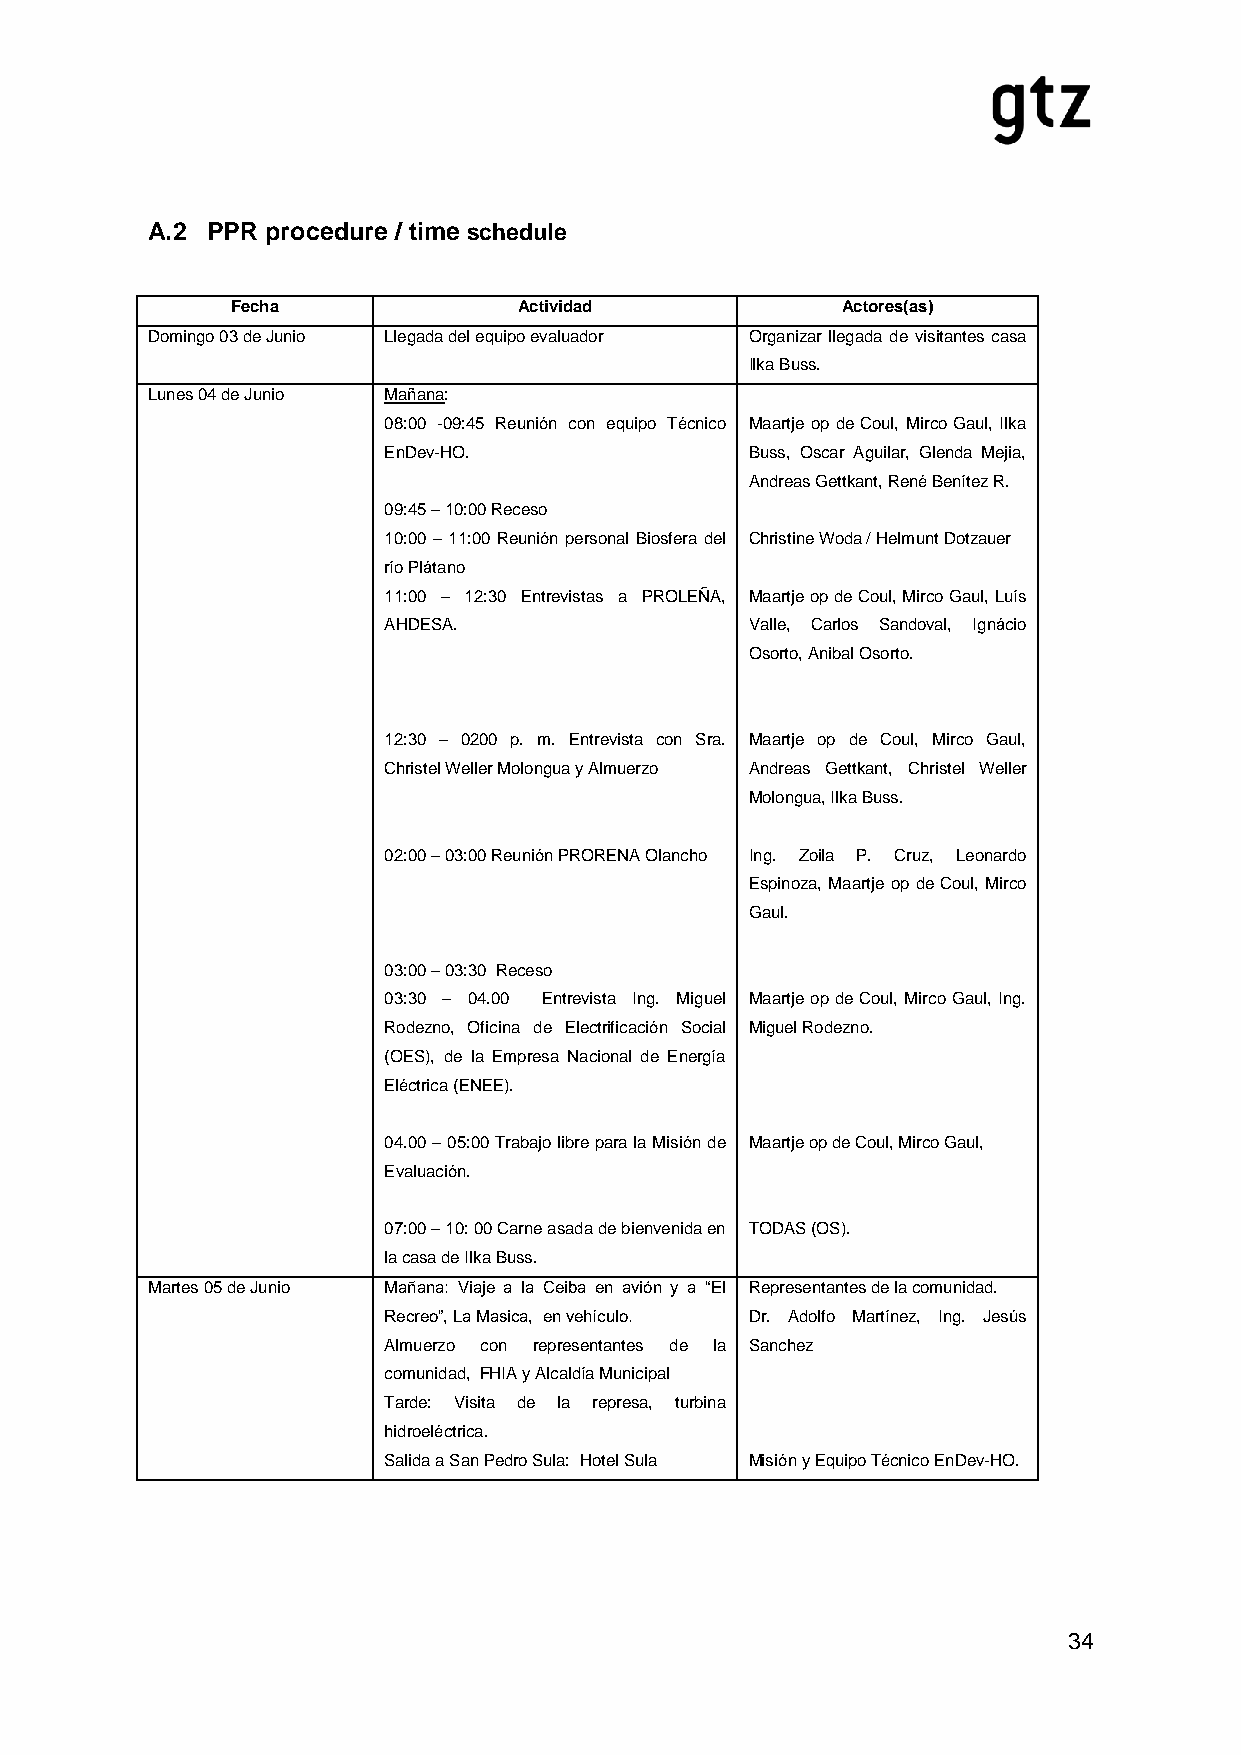
A.2 PPR procedure / time schedule
 Fecha              Actividad             Actores(as)
 Domingo 03 de Junio Llegada del equipo evaluador Organizar llegada de visitantes casa
 Ilka Buss.
 Lunes 04 de Junio Mañana:
 08:00 -09:45 Reunión con equipo Técnico Maartje op de Coul, Mirco Gaul, Ilka
 EnDev-HO.                Buss, Oscar Aguilar, Glenda Mejia,
 Andreas Gettkant, René Benítez R.
 09:45 – 10:00 Receso
 10:00 – 11:00 Reunión personal Biosfera del Christine Woda / Helmunt Dotzauer
 río Plátano
 11:00 – 12:30 Entrevistas a PROLEÑA, Maartje op de Coul, Mirco Gaul, Luís
 AHDESA.                  Valle, Carlos Sandoval, Ignácio
 Osorto, Anibal Osorto.
 12:30 – 0200 p. m. Entrevista con Sra. Maartje op de Coul, Mirco Gaul,
 Christel Weller Molongua y Almuerzo Andreas Gettkant, Christel Weller
 Molongua, Ilka Buss.
 02:00 – 03:00 Reunión PRORENA Olancho Ing. Zoila P. Cruz, Leonardo
 Espinoza, Maartje op de Coul, Mirco
 Gaul.
 03:00 – 03:30 Receso
 03:30 – 04.00 Entrevista Ing. Miguel Maartje op de Coul, Mirco Gaul, Ing.
 Rodezno, Oficina de Electrificación Social Miguel Rodezno.
 (OES), de la Empresa Nacional de Energía
 Eléctrica (ENEE).
 04.00 – 05:00 Trabajo libre para la Misión de Maartje op de Coul, Mirco Gaul,
 Evaluación.
 07:00 – 10: 00 Carne asada de bienvenida en TODAS (OS).
 la casa de Ilka Buss.
 Martes 05 de Junio Mañana: Viaje a la Ceiba en avión y a “El Representantes de la comunidad.
 Recreo”, La Masica, en vehículo. Dr. Adolfo Martínez, Ing. Jesús
 Almuerzo con representantes de la Sanchez
 comunidad, FHIA y Alcaldía Municipal
 Tarde: Visita de la represa, turbina
 hidroeléctrica.
 Salida a San Pedro Sula: Hotel Sula Misión y Equipo Técnico EnDev-HO.
 34